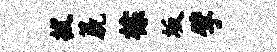
拔篪棕坂擘